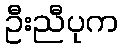
ဦးညီပုက